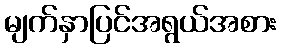
မျက်နှာပြင်အရွယ်အစား